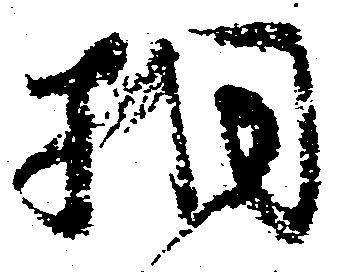
相